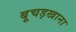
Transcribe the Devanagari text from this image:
बूचड़खाना